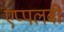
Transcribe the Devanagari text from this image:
एप्पलबी